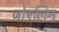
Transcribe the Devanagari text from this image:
जोएलिन